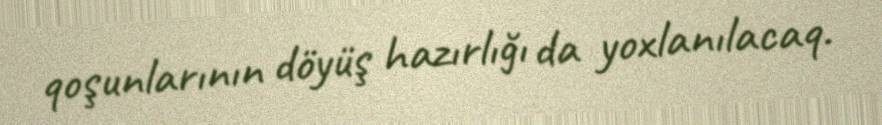
qoşunlarının döyüş hazırlığı da yoxlanılacaq.